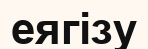
еягізу